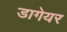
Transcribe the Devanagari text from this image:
डागेयर